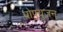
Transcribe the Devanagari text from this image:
प्रोफ़्युज़न